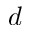
d